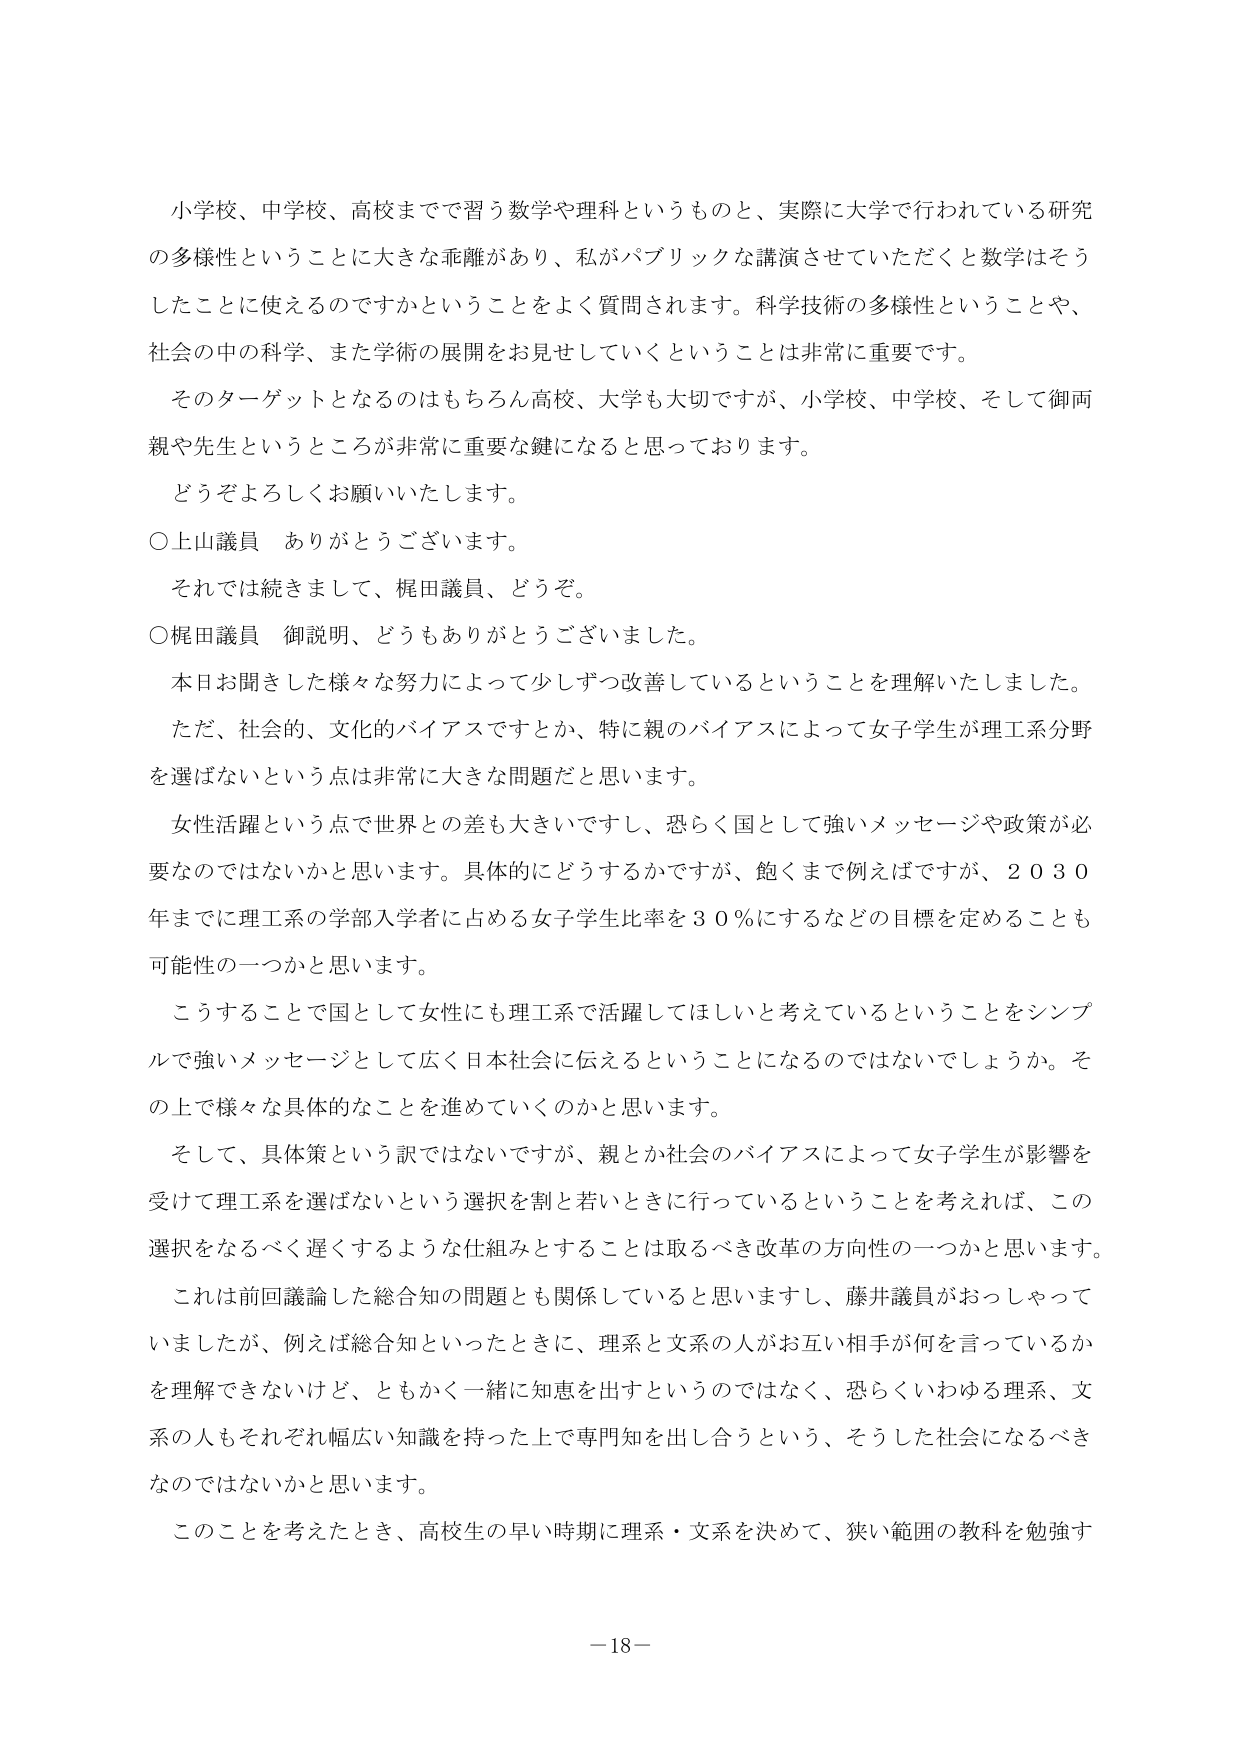
小学校、中学校、高校までで習う数学や理科というものと、実際に大学で行われている研究の多様性ということに大きな乖離があり、私がパブリックな講演させていただくと数学はそうしたことに使えるのですかということをよく質問されます。科学技術の多様性ということや、社会の中の科学、また学術の展開をお見せしていくということ是非常に重要です。

そのターゲットとなるのはもちろん高校、大学も大切ですが、小学校、中学校、そして御両親や先生というところが非常に重要な鍵になると思っております。

どうぞよろしくお願いいたします。

○上山議員　ありがとうございます。

それでは続きまして、梶田議員、どうぞ。

○梶田議員　御説明、どうもありがとうございました。

本日お聞きした様々な努力によって少しずつ改善しているということを理解いたしました。

ただ、社会的、文化的バイアスですとか、特に親のバイアスによって女子学生が理工系分野を選ばないという点は非常に大きな問題だと思います。

女性活躍という点で世界との差も大きいですし、恐らく国として強いメッセージや政策が必要なのではないかと思います。具体的にどうするかですが、飽くまで例えばですが、２０３０年までに理工系の学部入学者に占める女子学生比率を３０％にするなどの目標を定めることも可能性の一つかと思います。

こうすることで国として女性にも理工系で活躍してほしいと考えているということをシンプルで強いメッセージとして広く日本社会に伝えるということになるのではないでしょうか。その上で様々な具体的事情を進めていくのかと思います。

そして、具体策という訳ではないですが、親とか社会のバイアスによって女子学生が影響を受けて理工系を選ばないという選択を割と若いときに行っているということを考えれば、この選択をなるべく遅くするような仕組みとすることは取るべき改革の方向性の一つかと思います。

これは前回議論した総合知の問題とも関係していると思いますし、藤井議員がおっしゃっていましたが、例えば総合知といったときに、理系と文系の人がお互い相手が何を言っているかを理解できないけど、ともかく一緒に知恵を出すというのではなく、恐らくいわゆる理系、文系の人もそれぞれ幅広い知識を持った上で専門知を出し合うという、そうした社会になるべきなのではないかと思います。

このことを考えたとき、高校生の早い時期に理系・文系を決めて、狭い範囲の教科を勉強す

－18－